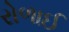
રોળાઈ